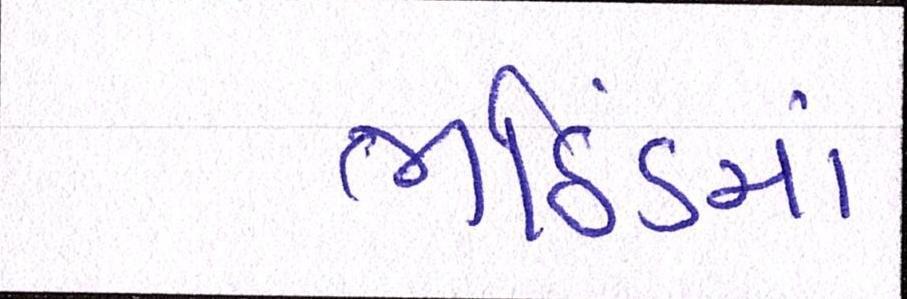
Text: ભઠિંડમાં